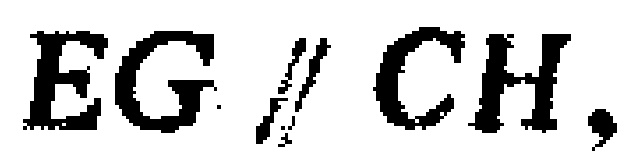
$EG \parallel CH,$